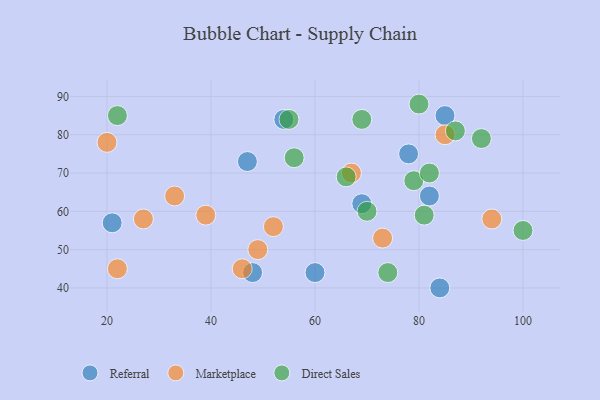
{"axis": {"x": "GDP", "y": "Life Expectancy"}, "legend": ["Direct Sales", "Marketplace", "Referral"], "data": [{"x": "48", "y": 44, "type": "Referral"}, {"x": "84", "y": 40, "type": "Referral"}, {"x": "47", "y": 73, "type": "Referral"}, {"x": "82", "y": 64, "type": "Referral"}, {"x": "78", "y": 75, "type": "Referral"}, {"x": "85", "y": 85, "type": "Referral"}, {"x": "69", "y": 62, "type": "Referral"}, {"x": "54", "y": 84, "type": "Referral"}, {"x": "21", "y": 57, "type": "Referral"}, {"x": "60", "y": 44, "type": "Referral"}, {"x": "94", "y": 58, "type": "Marketplace"}, {"x": "27", "y": 58, "type": "Marketplace"}, {"x": "85", "y": 80, "type": "Marketplace"}, {"x": "22", "y": 45, "type": "Marketplace"}, {"x": "33", "y": 64, "type": "Marketplace"}, {"x": "52", "y": 56, "type": "Marketplace"}, {"x": "20", "y": 78, "type": "Marketplace"}, {"x": "49", "y": 50, "type": "Marketplace"}, {"x": "39", "y": 59, "type": "Marketplace"}, {"x": "46", "y": 45, "type": "Marketplace"}, {"x": "73", "y": 53, "type": "Marketplace"}, {"x": "67", "y": 70, "type": "Marketplace"}, {"x": "70", "y": 60, "type": "Direct Sales"}, {"x": "87", "y": 81, "type": "Direct Sales"}, {"x": "69", "y": 84, "type": "Direct Sales"}, {"x": "66", "y": 69, "type": "Direct Sales"}, {"x": "56", "y": 74, "type": "Direct Sales"}, {"x": "80", "y": 88, "type": "Direct Sales"}, {"x": "22", "y": 85, "type": "Direct Sales"}, {"x": "79", "y": 68, "type": "Direct Sales"}, {"x": "100", "y": 55, "type": "Direct Sales"}, {"x": "92", "y": 79, "type": "Direct Sales"}, {"x": "74", "y": 44, "type": "Direct Sales"}, {"x": "81", "y": 59, "type": "Direct Sales"}, {"x": "55", "y": 84, "type": "Direct Sales"}, {"x": "82", "y": 70, "type": "Direct Sales"}]}